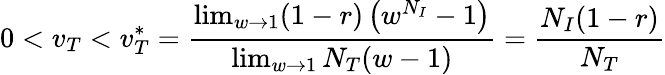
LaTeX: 0<v_{T}<v_{T}^{*}=\frac{\operatorname*{lim}_{w\rightarrow 1}(1-r)\left(w^{N_{I}}-1\right)}{\operatorname*{lim}_{w\rightarrow 1}N_{T}(w-1)}=\frac{N_{I}(1-r)}{N_{T}}